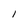
Character: l